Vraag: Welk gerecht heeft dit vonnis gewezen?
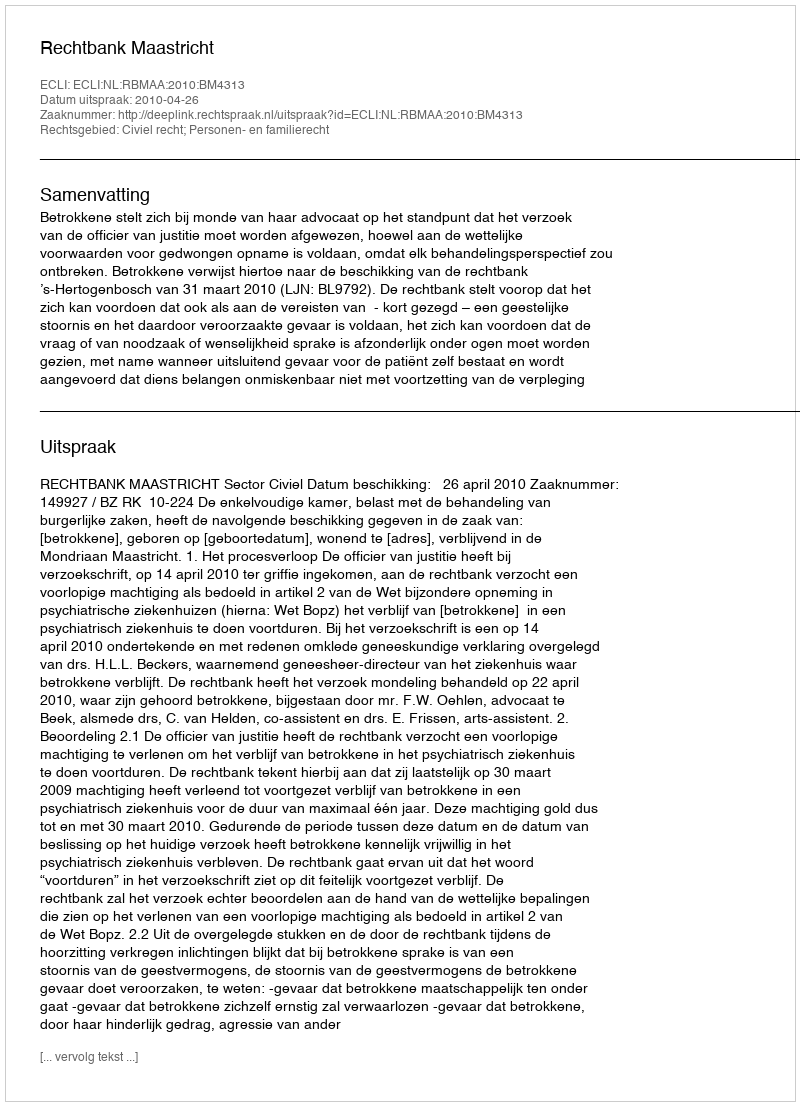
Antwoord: Rechtbank Maastricht